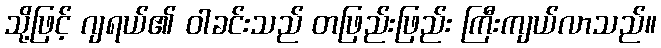
သို့ဖြင့် ဂျရယ်၏ ဝါခင်းသည် တဖြည်းဖြည်း ကြီးကျယ်လာသည်။